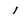
Character: l